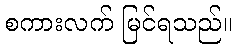
စကားလက် မြင်ရသည်။